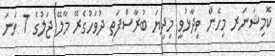
ކޮމިޝަނަރ މިހެން ވިދާޅުވީ މިދިޔަ ބުރާސްފަތި ދުވަހުގެރޭ މާލޭ ޖަލުގެ 7 ވަނަ